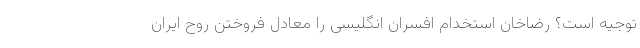
توجیه است؟ رضاخان استخدام افسران انگلیسی را معادل فروختن روح ایران